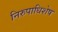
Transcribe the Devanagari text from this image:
निरुपाधिशेष